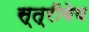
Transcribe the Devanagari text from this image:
स्त्रीवेष